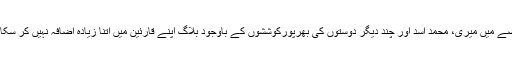
کرک نامہ کو شروع ہوئے ڈھائی سال کا عرصہ بیت چکا ہے اور اس پورے عرصے میں میری، محمد اسد اور چند دیگر دوستوں کی بھرپورکوششوں کے باوجود بلاگ اپنے قارئین میں اتنا زیادہ اضافہ نہیں کر سکا، جس کی توقع تھی اور جو اس منصوبے کو 'زندہ' رکھنے کے لیے ضروری ہے۔